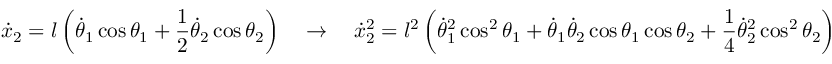
{ \dot { x } } _ { 2 } = l \left( { \dot { \theta } } _ { 1 } \cos \theta _ { 1 } + { \frac { 1 } { 2 } } { \dot { \theta } } _ { 2 } \cos \theta _ { 2 } \right) \quad \rightarrow \quad { \dot { x } } _ { 2 } ^ { 2 } = l ^ { 2 } \left( { \dot { \theta } } _ { 1 } ^ { 2 } \cos ^ { 2 } \theta _ { 1 } + { \dot { \theta } } _ { 1 } { \dot { \theta } } _ { 2 } \cos \theta _ { 1 } \cos \theta _ { 2 } + { \frac { 1 } { 4 } } { \dot { \theta } } _ { 2 } ^ { 2 } \cos ^ { 2 } \theta _ { 2 } \right)